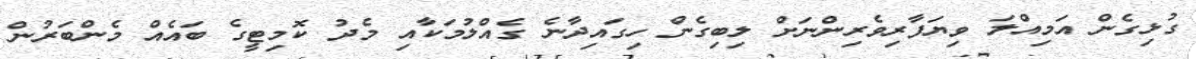
ގުޅިގެން އަމިއްލަ ވިޔަފާރިވެރިންނަށް ލިބިގެން ހިގައިދާނެ ގެއްލުމަކާއި މެދު ކޮމިޓީގެ ބައެއް މެންބަރުން